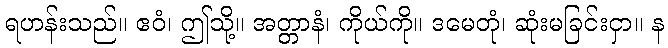
ရဟန်းသည်။ ဧဝံ၊ ဤသို့။ အတ္တာနံ၊ ကိုယ်ကို။ ဒမေတုံ၊ ဆုံးမခြင်းငှာ။ န